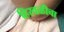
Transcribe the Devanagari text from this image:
हिरवळीचा